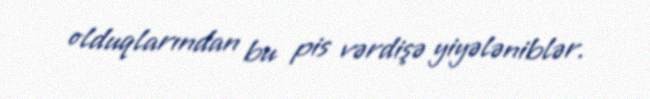
olduqlarından bu pis vərdişə yiyələniblər.